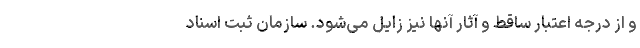
و از درجه اعتبار ساقط و آثار آنها نیز زایل می­شود. سازمان ثبت اسناد